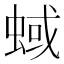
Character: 蜮